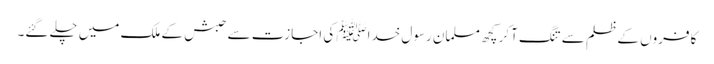
کافروں کے ظلم سے تنگ آکر کچھ مسلمان رسولِ خداﷺ کی اجازت سے حبش کے ملک میں چلے گئے۔